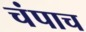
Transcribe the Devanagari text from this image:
चंपाच